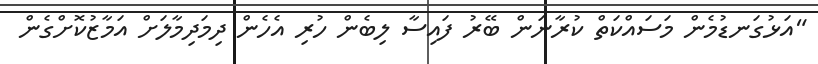
"އަޅުގަނޑުމެން މަސައްކަތް ކުރާނަން ބޭރު ފައިސާ ލިބެން ހުރި އެހެން ދިމަދިމާލަށް އަމާޒުކޮށްގެން